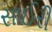
સાઈરી